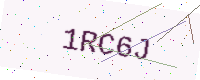
Text: 1RC6J